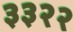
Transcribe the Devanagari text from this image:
३३२२